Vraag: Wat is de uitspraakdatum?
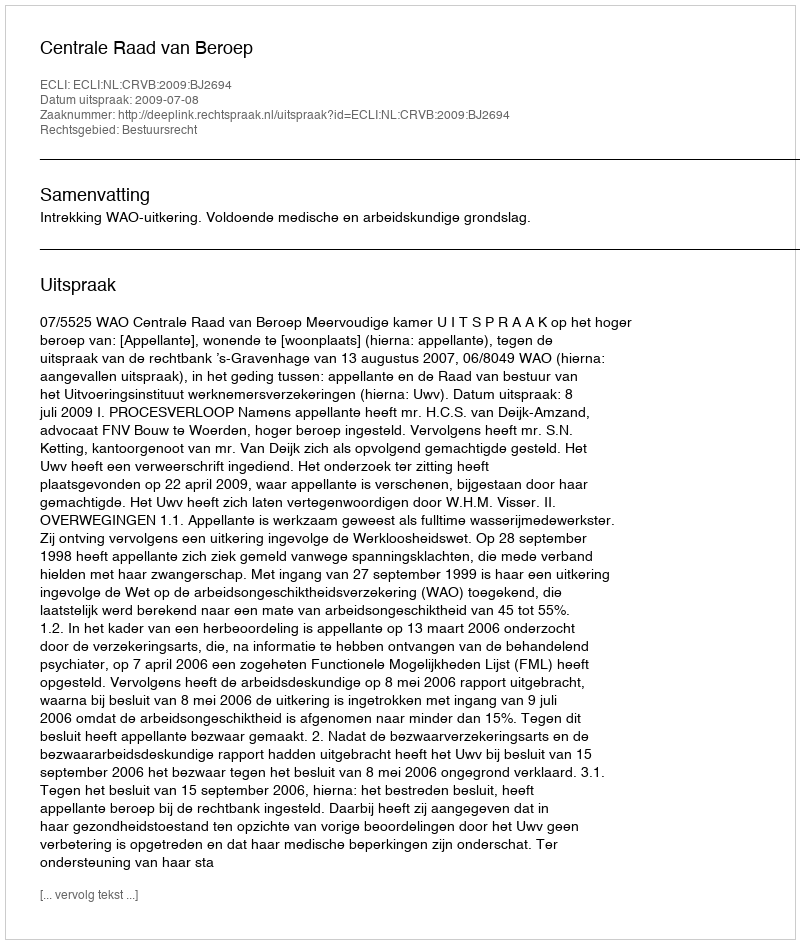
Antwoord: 2009-07-08